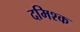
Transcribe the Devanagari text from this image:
दमिश्‍क